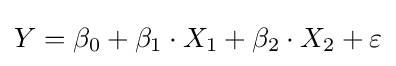
Y=\beta _{0}+\beta _{1}\cdot X_{1}+\beta _{2}\cdot X_{2}+\varepsilon